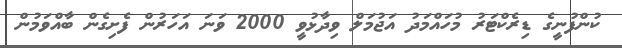
ކުންފުނީގެ ޑިރެކްޓަރު މުހައްމަދު އަޖުމަލް ވިދާޅުވީ 2000 ވަނަ އަހަރުން ފެށިގެން ބާއްވަމުން